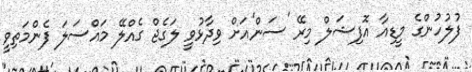
ފުލުހުންގެ މީޑިއާ އޮފިޝަލް މިރޭ 'ސަން'އަށް ވިދާޅުވީ ލަގެޖް ގެއްލޭ މައްސަލަ ފެންމަތިވީ